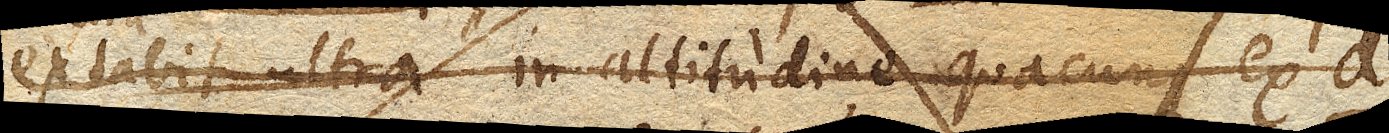
extabit ultra in altitudine quacunque ex d.